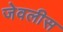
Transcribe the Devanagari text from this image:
जेवलीस